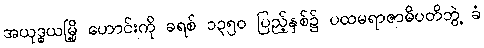
အယုဒ္ဓယမြို့ ဟောင်းကို ခရစ် ၁၃၅၀ ပြည့်နှစ်၌ ပထမရာဇာဓိပတိဘွဲ့ ခံ